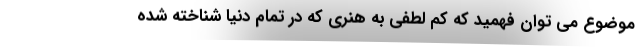
موضوع می توان فهمید که کم لطفی به هنری که در تمام دنیا شناخته شده